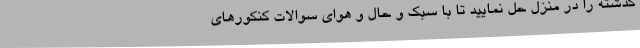
گذشته را در منزل حل نمایید تا با سبک و حال و هوای سوالات کنکورهای